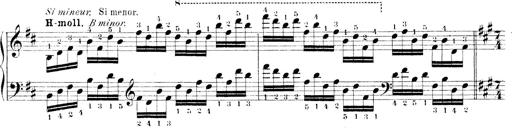
Title: Technische Studien
Composer: Franz Liszt